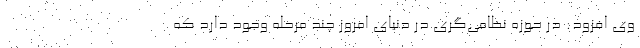
وی افزود: در حوزه نظامی‌گری در دنیای امروز چند مرحله وجود دارد که